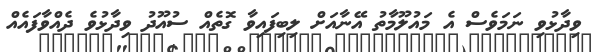
ވިދާޅުވި ނަމަވެސް އެ މައުލޫމާތު އޭނާއަށް ލިބިފައިވާ ގޮތެއް ސުއޫދު ވިދާޅުވެ ދެއްވާފައެއް